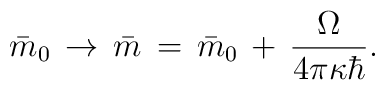
\bar m_0\,\rightarrow\,\bar m\,=\,\bar m_0\,+\, {\Omega\over 4\pi\kappa\hbar}.